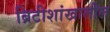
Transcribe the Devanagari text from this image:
ब्रिटीशांखालील